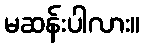
မဆန်းပါလား။